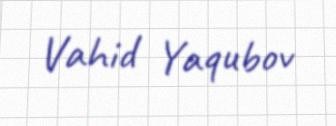
Vahid Yaqubov